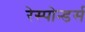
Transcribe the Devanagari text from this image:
रेस्पोन्डर्स